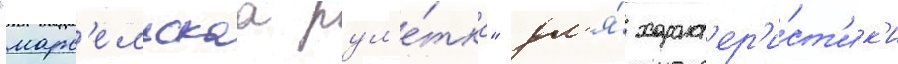
"марс'ельскаа рул'е́тка" дл'я́ характ'ер'и́ст'ик'и